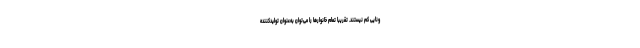
ونایی کم نیستند. تقریباً تمام خانوارها را می‌توان به‌عنوان تولیدکننده